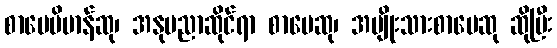
စာပေဗိမာန်ဆု၊ အနုပညာဆိုင်ရာ စာပေဆု၊ အမျိုးသားစာပေဆု ဆိုပြီး